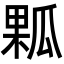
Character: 𤬁